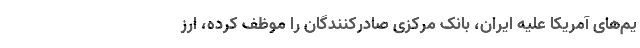
یم‌های آمریکا علیه ایران، بانک مرکزی صادرکنندگان را موظف کرده، ارز